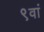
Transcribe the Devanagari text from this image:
९वां